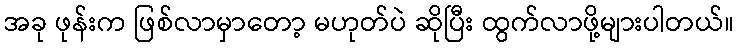
အခု ဖုန်းက ဖြစ်လာမှာတော့ မဟုတ်ပဲ ဆိုပြီး ထွက်လာဖို့များပါတယ်။